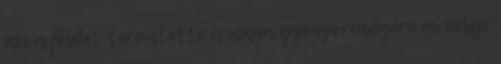
aki a földet teremtette a maga gyönyörűségére és beléje